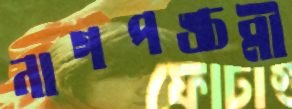
নাগপঙ্চমী